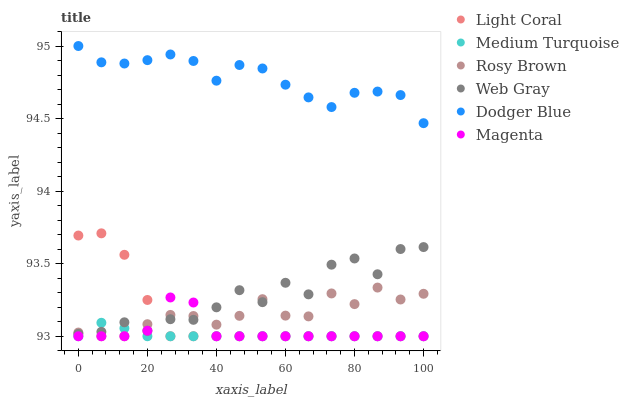
| xaxis_label | Light Coral | Medium Turquoise | Rosy Brown | Web Gray | Dodger Blue | Magenta |
 | --- | --- | --- | --- | --- | --- | --- |
 | 0 | 93.7 | 93 | 93 | 93 | 95 | 93 |
 | 6.67 | 93.7 | 93.1 | 93 | 93 | 94.9 | 93 |
 | 13.3 | 93.6 | 93.1 | 93 | 93.1 | 94.9 | 93 |
 | 20 | 93.3 | 93 | 93.1 | 93 | 94.9 | 93 |
 | 26.7 | 93 | 93 | 93.1 | 93.1 | 94.9 | 93.3 |
 | 33.3 | 93 | 93 | 93.1 | 93.1 | 94.9 | 93.2 |
 | 40 | 93 | 93 | 93.1 | 93.2 | 94.8 | 93 |
 | 46.7 | 93 | 93 | 93.1 | 93.3 | 94.9 | 93 |
 | 53.3 | 93 | 93 | 93.3 | 93.2 | 94.8 | 93 |
 | 60 | 93 | 93 | 93.1 | 93.4 | 94.7 | 93 |
 | 66.7 | 93 | 93 | 93.1 | 93.3 | 94.6 | 93 |
 | 73.3 | 93 | 93 | 93.3 | 93.5 | 94.6 | 93 |
 | 80 | 93 | 93 | 93.2 | 93.5 | 94.7 | 93 |
 | 86.7 | 93 | 93 | 93.3 | 93.4 | 94.7 | 93 |
 | 93.3 | 93 | 93 | 93.3 | 93.6 | 94.7 | 93 |
 | 100 | 93 | 93 | 93.3 | 93.6 | 94.5 | 93 |